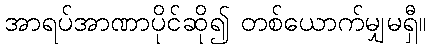
အာရပ်အာဏာပိုင်ဆို၍ တစ်ယောက်မျှမရှီ။